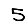
Digit: 5